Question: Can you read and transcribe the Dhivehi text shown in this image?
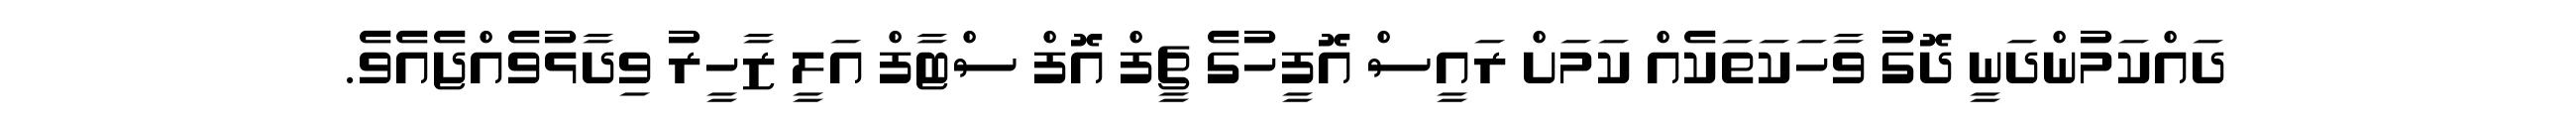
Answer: ދައްކަމުންދަނީ ދޮގު ވާހަކަތަކެއް ކަމަށް ރައީސް އޮފީހުގެ ޗީފް އޮފް ސްޓާފް އަލީ ޒާހީރު ވިދާޅުވެއްޖެއެވެ.